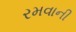
રમવાની